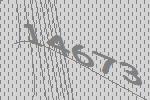
14673